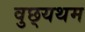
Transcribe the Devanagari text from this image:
वुछ्यथम